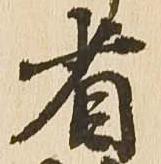
省